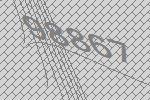
98867